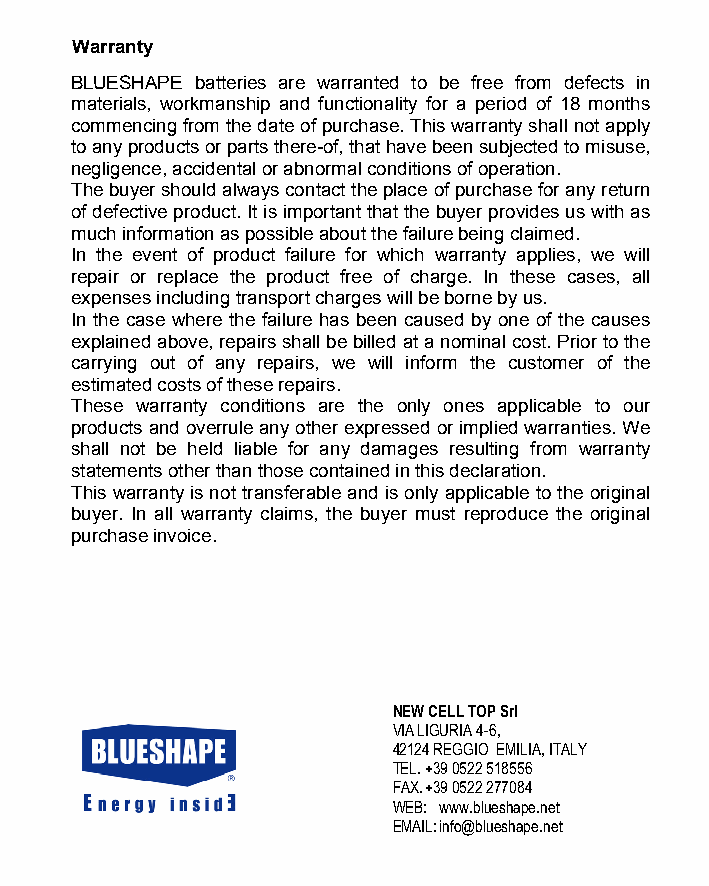
Warranty
 BLUESHAPE batteries are warranted to be free from defects in
 materials, workmanship and functionality for a period of 18 months
 commencing from the date of purchase. This warranty shall not apply
 to any products or parts there-of, that have been subjected to misuse,
 negligence, accidental or abnormal conditions of operation.
 The buyer should always contact the place of purchase for any return
 of defective product. It is important that the buyer provides us with as
 much information as possible about the failure being claimed.
 In the event of product failure for which warranty applies, we will
 repair or replace the product free of charge. In these cases, all
 expenses including transport charges will be borne by us.
 In the case where the failure has been caused by one of the causes
 explained above, repairs shall be billed at a nominal cost. Prior to the
 carrying out of any repairs, we will inform the customer of the
 estimated costs of these repairs.
 These warranty conditions are the only ones applicable to our
 products and overrule any other expressed or implied warranties. We
 shall not be held liable for any damages resulting from warranty
 statements other than those contained in this declaration.
 This warranty is not transferable and is only applicable to the original
 buyer. In all warranty claims, the buyer must reproduce the original
 purchase invoice.
 NEW CELL TOP Srl
 VIA LIGURIA 4-6,
 42124 REGGIO EMILIA, ITALY
 TEL.+39 0522 518556
 FAX.+39 0522 277084
 WEB: www.blueshape.net
 EMAIL:info@blueshape.net